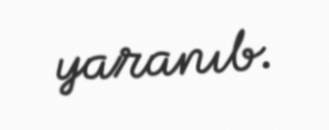
yaranıb.